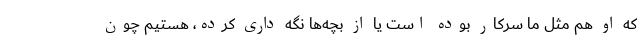
که او هم مثل ما سرکار بوده است یا از بچه‌ها نگه داری کرده، هستیم چون